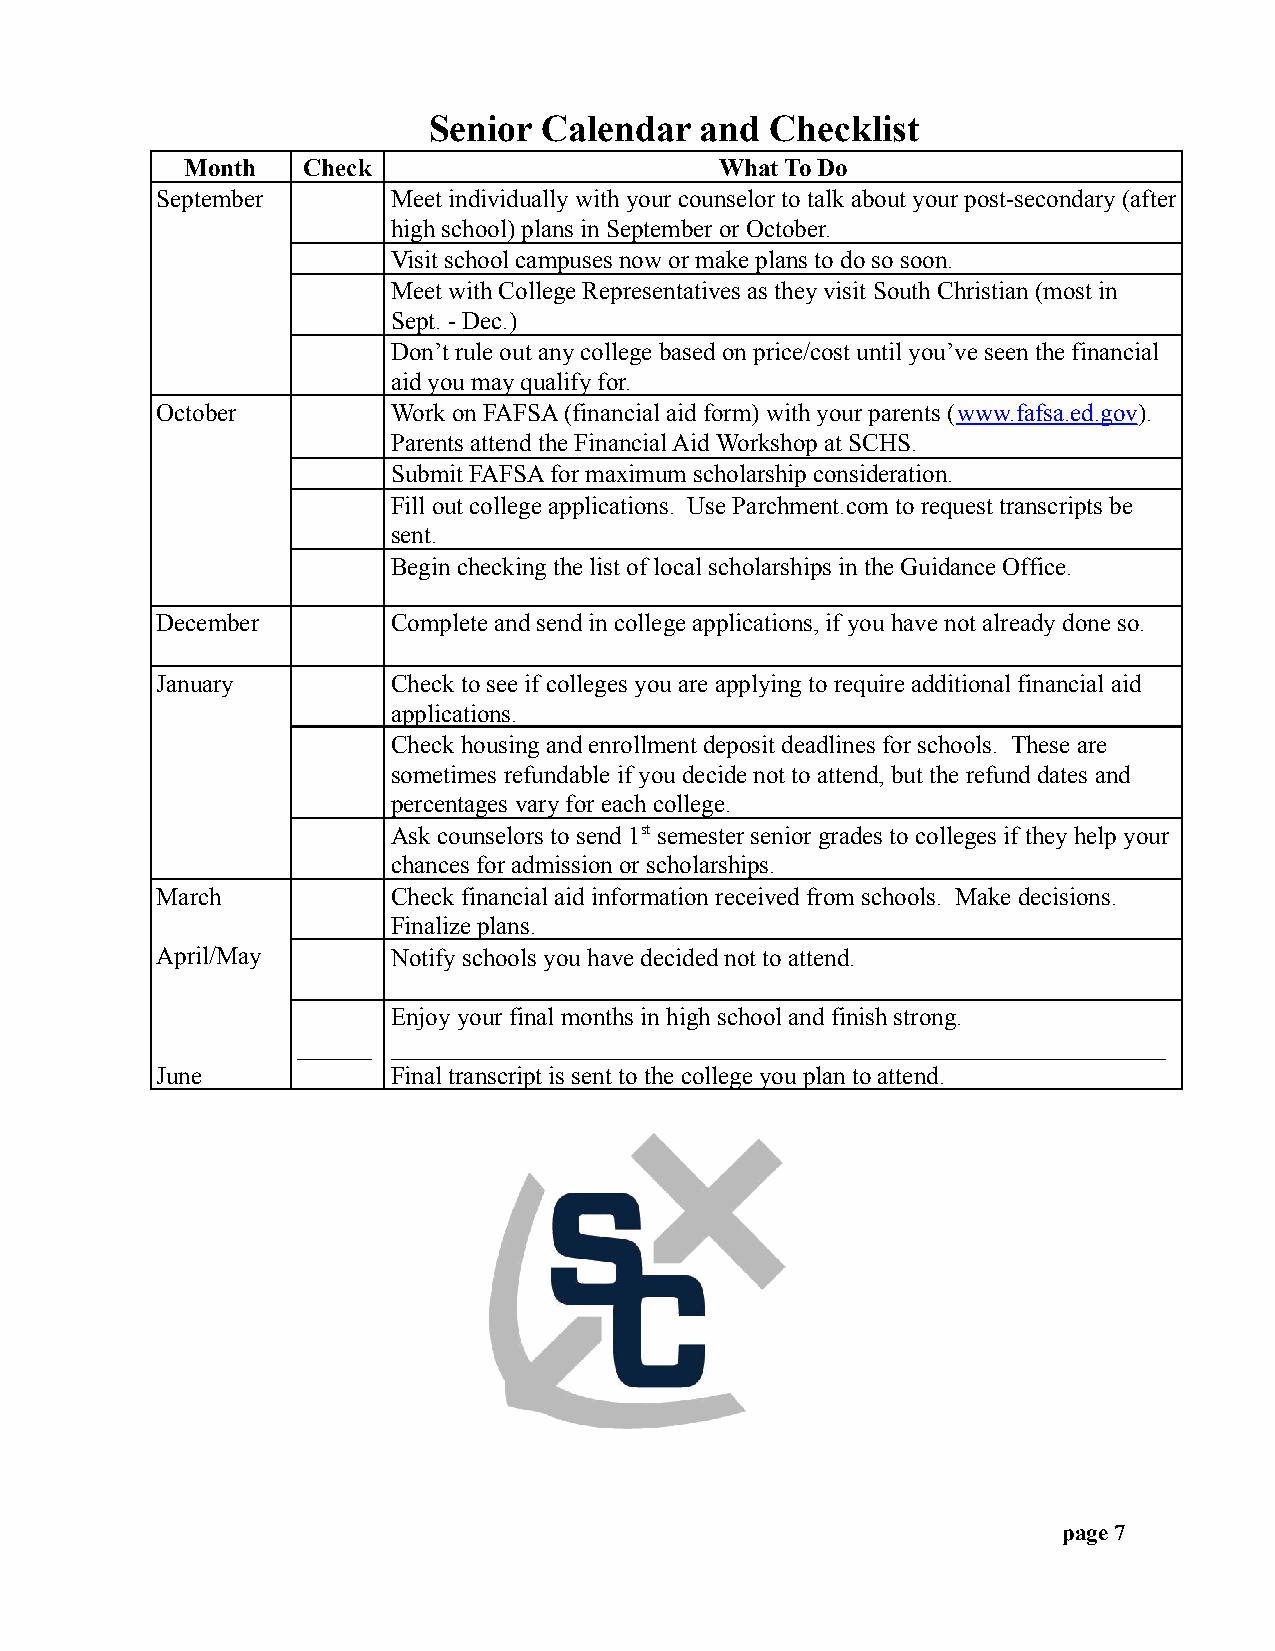
Senior  Calendar  and  Checklist
 Month   Check                       What To Do
 September       Meet individually with your counselor to talk about your post-secondary (after
 high school) plans in September or October.
 Visit school campuses now or make plans to do so soon.
 Meet with College Representatives as they visit South Christian (most in
 Sept. - Dec.)
 Don’t rule out any college based on price/cost until you’ve seen the financial
 aid you may qualify for.
 October         Work on FAFSA (financial aid form) with your parents (www.fafsa.ed.gov).
 Parents attend the Financial Aid Workshop at SCHS.
 Submit FAFSA for maximum scholarship consideration.
 Fill out college applications. Use Parchment.com to request transcripts be
 sent.
 Begin checking the list of local scholarships in the Guidance Office.
 December        Complete and send in college applications, if you have not already done so.
 January         Check to see if colleges you are applying to require additional financial aid
 applications.
 Check housing and enrollment deposit deadlines for schools. These are
 sometimes refundable if you decide not to attend, but the refund dates and
 percentages vary for each college.
 Ask counselors to send 1stsemester senior gradesto colleges if they help your
 chances for admission or scholarships.
 March           Check financial aid information received from schools. Make decisions.
 Finalize plans.
 April/May       Notify schools you have decided not to attend.
 Enjoy your final months in high school and finish strong.
 ______ ______________________________________________________________
 June            Final transcript is sent to the college you plan to attend.
 page 7